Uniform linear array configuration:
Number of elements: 16
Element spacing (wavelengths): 0.25
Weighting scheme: exponential
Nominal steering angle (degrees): -60
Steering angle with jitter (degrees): -60.277
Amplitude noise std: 0.05
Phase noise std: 0.05

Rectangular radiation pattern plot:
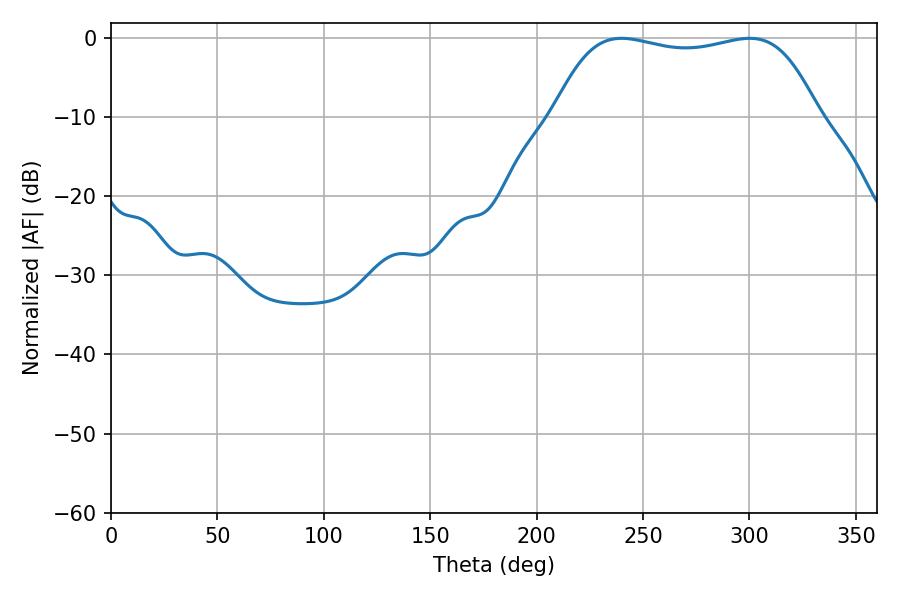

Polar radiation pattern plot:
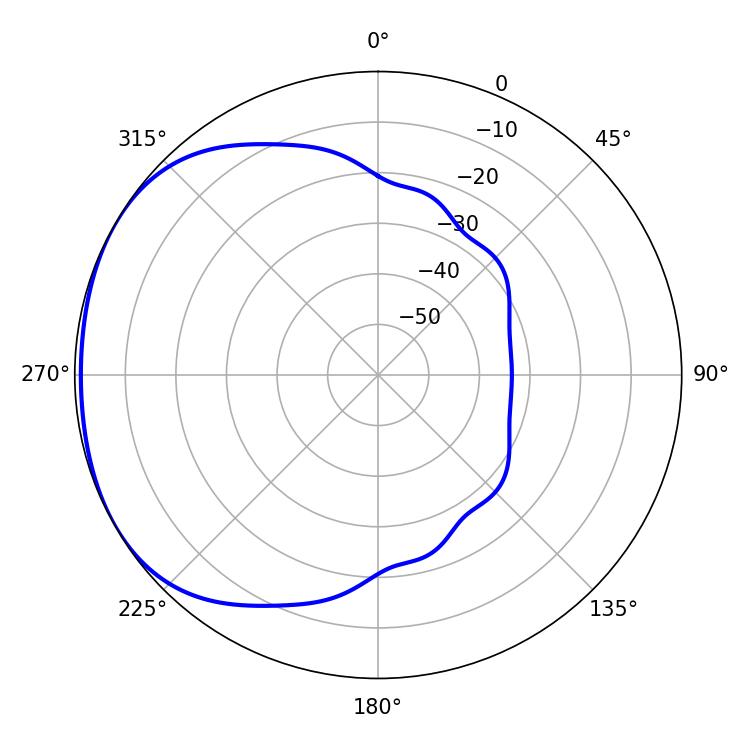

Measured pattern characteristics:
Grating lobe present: FALSE
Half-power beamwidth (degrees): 99
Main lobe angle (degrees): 239.94